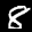
Label: 8